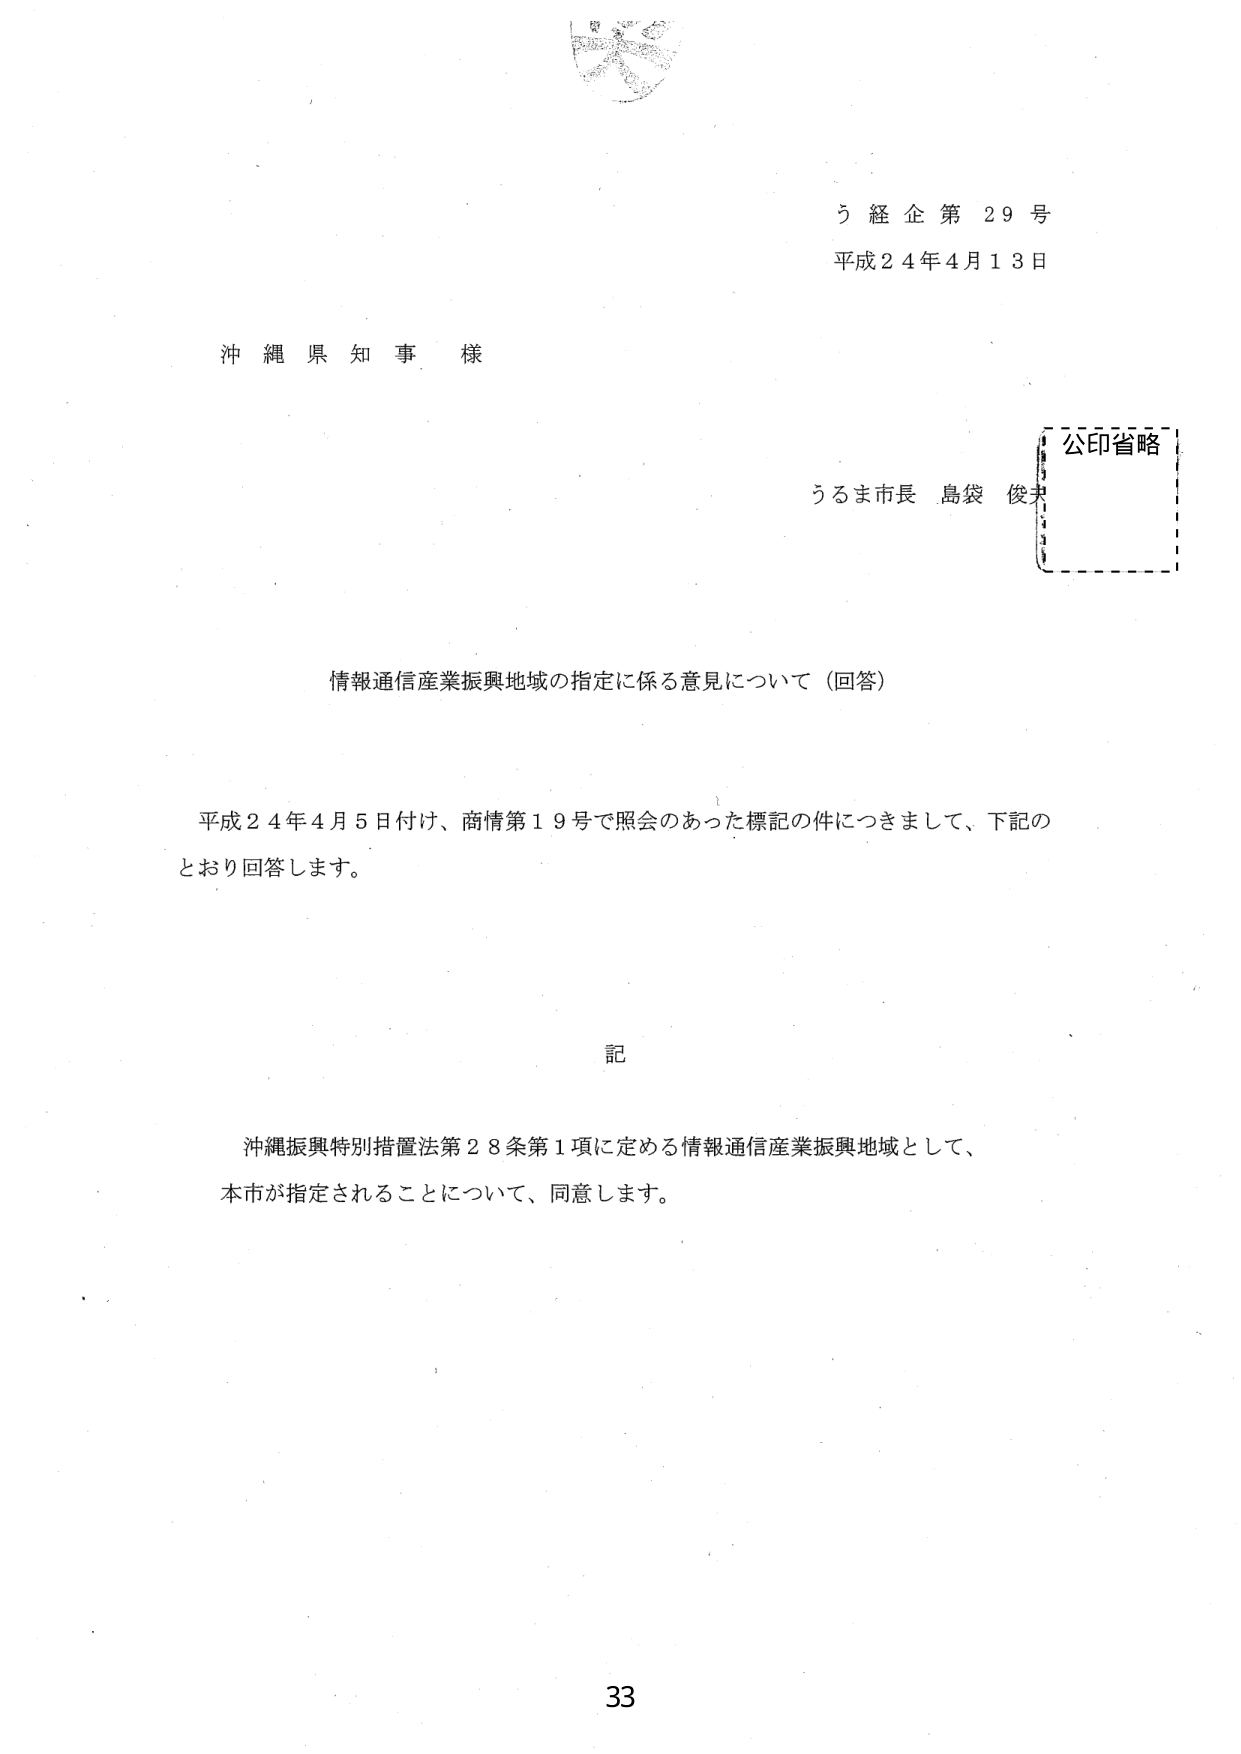
う経企第29号
平成24年4月13日

沖縄県知事様

うるま市長 島袋 俊夫
公印省略

情報通信産業振興地域の指定に係る意見について（回答）

平成24年4月5日付け、商情第19号で照会のあった標記の件につきまして、下記のとおり回答します。

記

沖縄振興特別措置法第28条第1項に定める情報通信産業振興地域として、本市が指定されることについて、同意します。

33